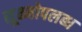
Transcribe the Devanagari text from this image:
सूक्ष्मोपलब्ध